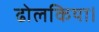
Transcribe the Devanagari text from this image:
ढोलकिया।